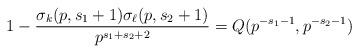
LaTeX: \begin{align*} 1 - \frac{\sigma_{k}(p,s_1+1) \sigma_{\ell}(p,s_2+1)}{p^{s_1+s_2+2}} = Q(p^{-s_1-1},p^{-s_2-1})\end{align*}